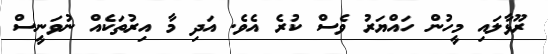
ރޫޅާލައި މީހުން ހައްޔަރު ވެސް ކުރެ އެވެ. އަދި މާ އިރުތަކެއް ނުވަނީސް